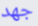
جهد